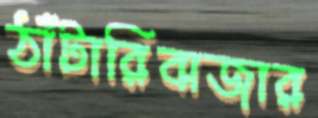
ঠাঁটারিবাজার